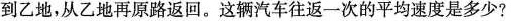
到乙地，从乙地再原路返回。这辆汽车往返一次的平均速度是多少?